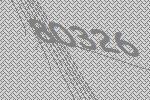
80326